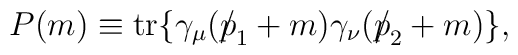
P(m)\equiv {\rm tr}\{ \gamma_{\mu}( {p\!\!\!\slash}_1 + m)\gamma_{\nu}({p\!\!\!\slash}_2 +m)\},